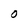
Character: O